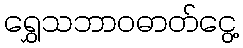
ရွှေသဘာဝဓာတ်ငွေ့